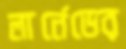
লার্নেডের